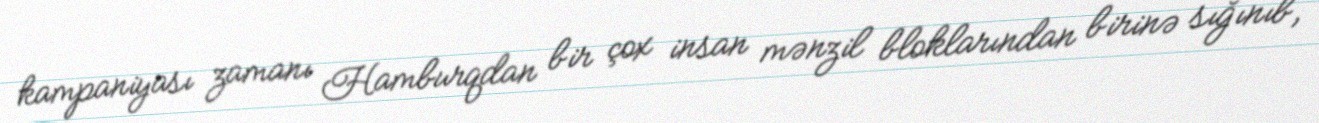
kampaniyası zamanı Hamburqdan bir çox insan mənzil bloklarından birinə sığınıb,